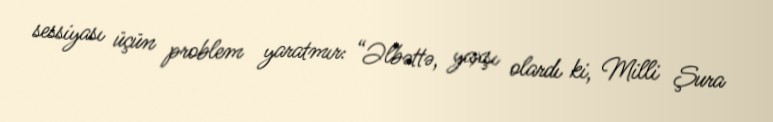
sessiyası üçün problem yaratmır: “Əlbəttə, yaxşı olardı ki, Milli Şura